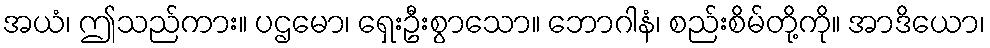
အယံ၊ ဤသည်ကား။ ပဌမော၊ ရှေးဦးစွာသော။ ဘောဂါနံ၊ စည်းစိမ်တို့ကို။ အာဒိယော၊